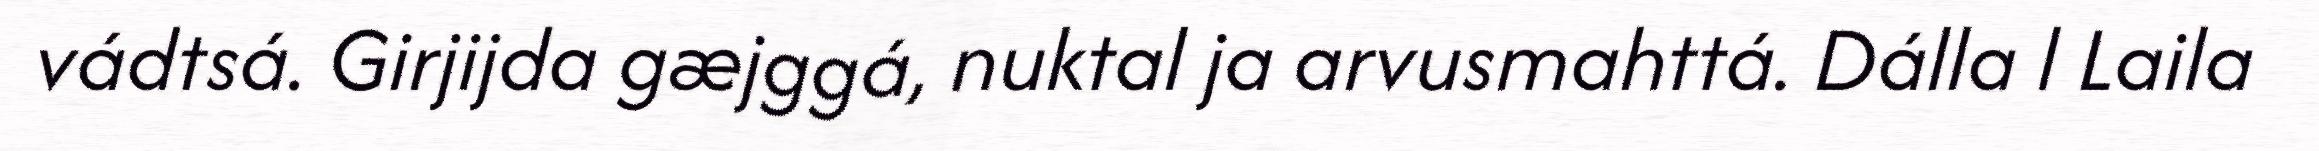
vádtsá. Girjijda gæjggá, nuktal ja arvusmahttá. Dálla l Laila